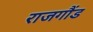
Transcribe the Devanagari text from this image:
राजगौंड